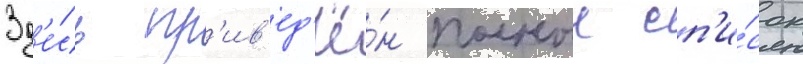
Зд'е́сь пр'ив'ед'ё́н полныи сп'и́сок